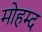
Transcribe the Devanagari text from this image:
मोहम्द